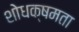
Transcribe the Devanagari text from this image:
शोधक्षमता